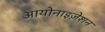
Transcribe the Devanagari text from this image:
आयोनाइज़ेशन